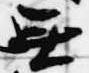
無